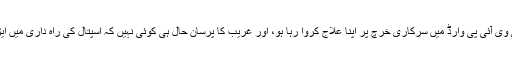
ایسا نہیں ہے کہ کوئی وی آئی پی وارڈ میں سرکاری خرچ پر اپنا علاج کروا رہا ہو، اور غریب کا پرسان حال ہی کوئی نہیں کہ اسپتال کی راہ داری میں ایڑیاں رگڑتا مر جائے۔